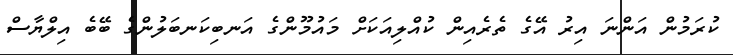
ކުރަމުން އަންނަ އިރު އޭގެ ތެރެއިން ކުއްލިއަކަށް މައުމޫންގެ އަނބިކަނބަލުންގެ ބޭބެ އިލްޔާސް